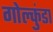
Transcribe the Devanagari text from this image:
गोल्कुंडा